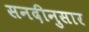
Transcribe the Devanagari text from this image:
सनदीनुसार